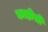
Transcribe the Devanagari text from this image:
काहीसी